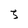
Character: 3